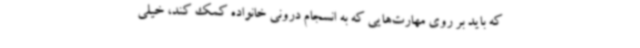
که باید بر روی مهارت‌هایی که به انسجام درونی خانواده کمک کند، خیلی